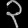
Digit: ၃